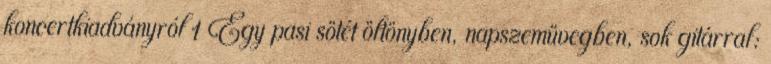
koncertkiadványról 1 Egy pasi sötét öltönyben, napszemüvegben, sok gitárral: